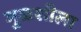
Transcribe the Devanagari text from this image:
मुळशीला